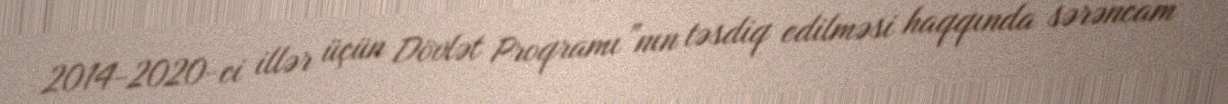
2014-2020-ci illər üçün Dövlət Proqramı”nın təsdiq edilməsi haqqında sərəncam